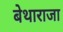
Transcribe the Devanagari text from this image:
बेथाराजा